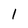
Character: 1